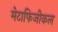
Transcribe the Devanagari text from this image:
मेटाफिजीकल